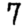
Digit: 7